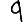
Digit: 9